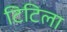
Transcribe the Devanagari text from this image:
टिटिला